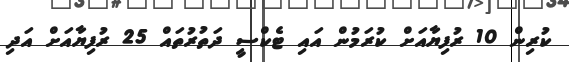
ކުރިން 10 ރުފިޔާއަށް ކުރަމުން އައި ޓެކްސީ ދަތުރުތައް 25 ރުފިޔާއަށް އަދި